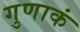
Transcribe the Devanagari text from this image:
गुणाकं